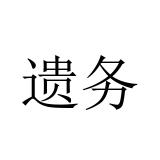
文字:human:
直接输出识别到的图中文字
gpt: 遗务